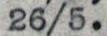
26/5.